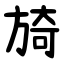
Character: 旑